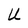
Character: U